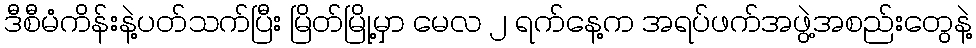
ဒီစီမံကိန်းနဲ့ပတ်သက်ပြီး မြိတ်မြို့မှာ မေလ ၂ ရက်နေ့က အရပ်ဖက်အဖွဲ့အစည်းတွေနဲ့